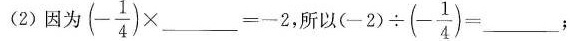
(2)因为$$ (- \frac{1}{4}) \times$$ ___-2.所以( $$(-2) \div (- \frac{1}{4})= $$___﹔